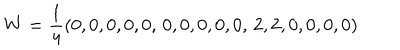
W = \frac 1 4 ( 0 , 0 , 0 , 0 , 0 , \, 0 , 0 , 0 , 0 , 0 , \, 2 , 2 , 0 , 0 , 0 , 0 )